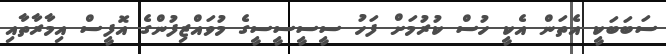
ސަބަބަކީ އެތަން އެކީ ހުސް ކުރުމަށް ފަހު ސީސީސީސީގެ މުވައްޒިފުންގެ އޮފީސް އިމާރާތާއި